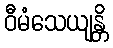
ဝီမံသေယျန္တိ